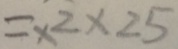
= \times 2 \times 2 5